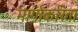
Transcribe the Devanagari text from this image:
मार्गाकरिता